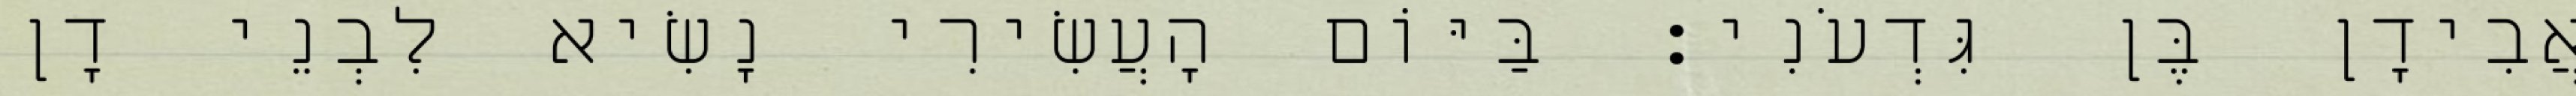
אֲבִידָן בֶּן גִּדְעֹנִי׃ בַּיּוֹם הָעֲשִׂירִי נָשִׂיא לִבְנֵי דָן